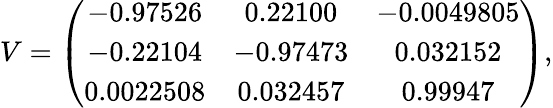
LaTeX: V=\left(\begin{array}{ccc}{{-0.97526}}&{{0.22100}}&{{-0.0049805}}\\ {{-0.22104}}&{{-0.97473}}&{{0.032152}}\\ {{0.0022508}}&{{0.032457}}&{{0.99947}}\end{array}\right),